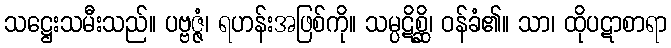
သဋ္ဌေးသမီးသည်။ ပဗ္ဗဇ္ဇံ၊ ရဟန်းအဖြစ်ကို။ သမ္ပဋိစ္ဆိ၊ ဝန်ခံ၏။ သာ၊ ထိုပဋာစာရာ